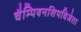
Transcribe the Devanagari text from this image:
चैम्पियनशिपविजेता